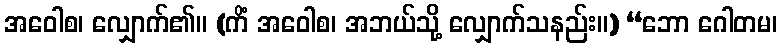
အဝေါစ၊ လျှောက်၏။ (ကိံ အဝေါစ၊ အဘယ်သို့ လျှောက်သနည်း။) “ဘော ဂေါတမ၊